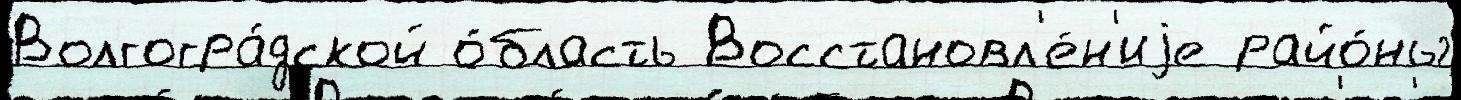
Волгогра́дской о́бласть Восстановл'е́н'иjе райо́ны